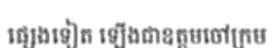
ផ្សេងទៀត ឡើងជាឧត្តមចៅក្រម